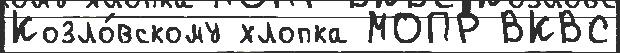
Козло́вскому хлопка МОПР ВКВС